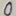
Text: 0